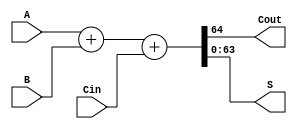
`timescale 1ns / 1ps
//////////////////////////////////////////////////////////////////////////////////
// Company: 
// Engineer: 
// 
// Design Name: 
// Module Name:    vadder64 
// Project Name: 
// Target Devices: 
// Tool versions: 
// Description: 
//
// Dependencies: 
//
// Revision: 
// Revision 0.01 - File Created
// Additional Comments: 
//
//////////////////////////////////////////////////////////////////////////////////
module vadder64(
    input [63:0] A,
    input [63:0] B,
    input Cin,
    output Cout,
    output [63:0] S
    );
	 
	 reg [64:0] out;
	 assign S = out[63:0];
	 assign Cout = out[64];
	 
	 always @(*)
	 begin
		out = A + B + Cin;
	 end


endmodule